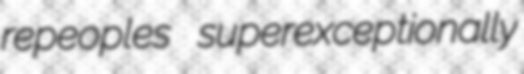
repeoples superexceptionally